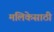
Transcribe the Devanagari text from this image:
मलिकेसाठी